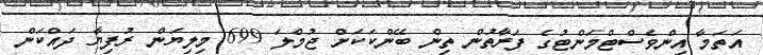
އަތަމާ އިންވެސްޓްމަންޓުގެ ފަރާތުން ތިން ބޭންކަކަށް ޖުމްލަ 699 މިލިޔަން ރުުފިޔާ ދައްކަން